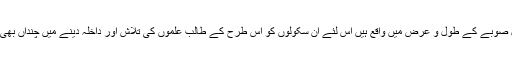
چونکہ نجی سکول صوبے کے طول و عرض میں واقع ہیں اس لئے ان سکولوں کو اس طرح کے طالب علموں کی تلاش اور داخلہ دینے میں چنداں بھی مشکل نہیں ہوگی۔